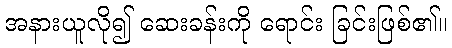
အနားယူလို၍ ဆေးခန်းကို ရောင်း ခြင်းဖြစ်၏။